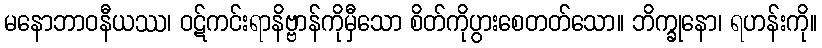
မနောဘာဝနီယဿ၊ ဝဋ်ကင်းရာနိဗ္ဗာန်ကိုမှီသော စိတ်ကိုပွားစေတတ်သော။ ဘိက္ခုနော၊ ရဟန်းကို။